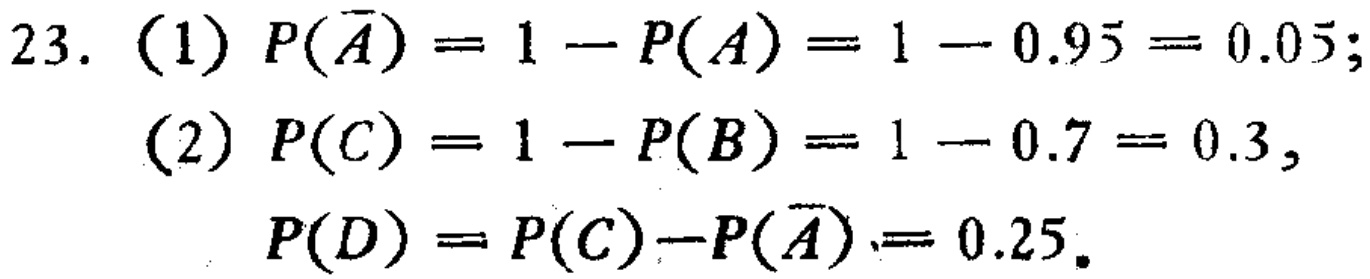
23. (1) \(P(\overline{A}) = 1 - P(A)=1 - 0.95 = 0.05\);
(2) \(P(C)=1 - P(B)=1 - 0.7 = 0.3\),
\(P(D)=P(C)-P(\overline{A}) = 0.25\).